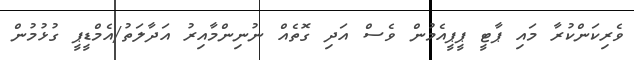
ވެރިކަންކުރާ މައި ޕާޓީ ޕީޕީއެމުން ވެސް އަދި ގޮތެއް ނުނިންމާއިރު އަދާލަތު/އެމްޑީޕީ ގުޅުމުން